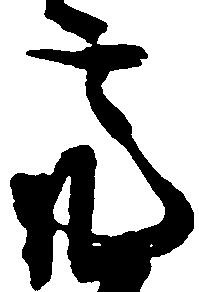
亮